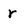
Character: r